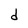
Character: d